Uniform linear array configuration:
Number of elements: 24
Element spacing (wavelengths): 0.5
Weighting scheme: uniform
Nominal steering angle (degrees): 45
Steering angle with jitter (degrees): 44.212
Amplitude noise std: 0.05
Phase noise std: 0.05

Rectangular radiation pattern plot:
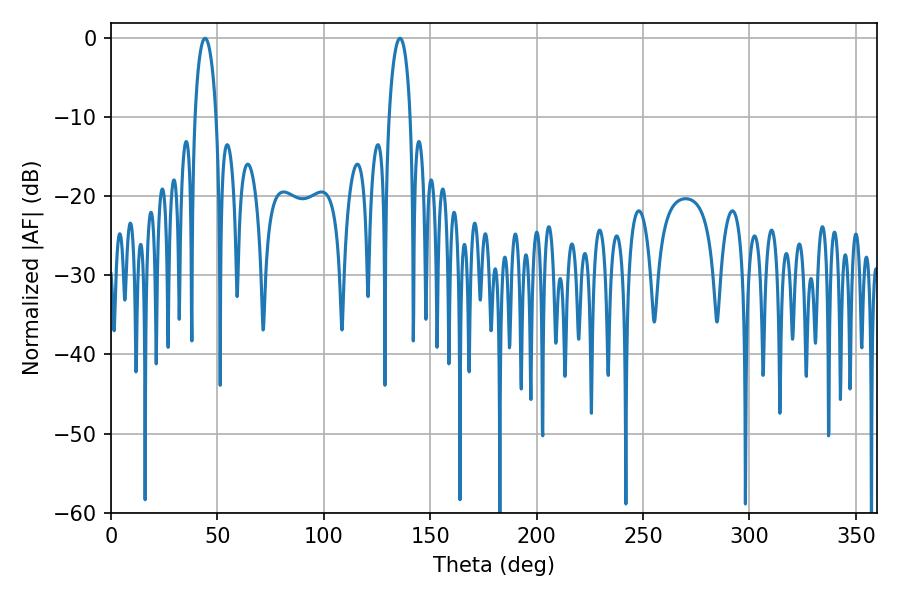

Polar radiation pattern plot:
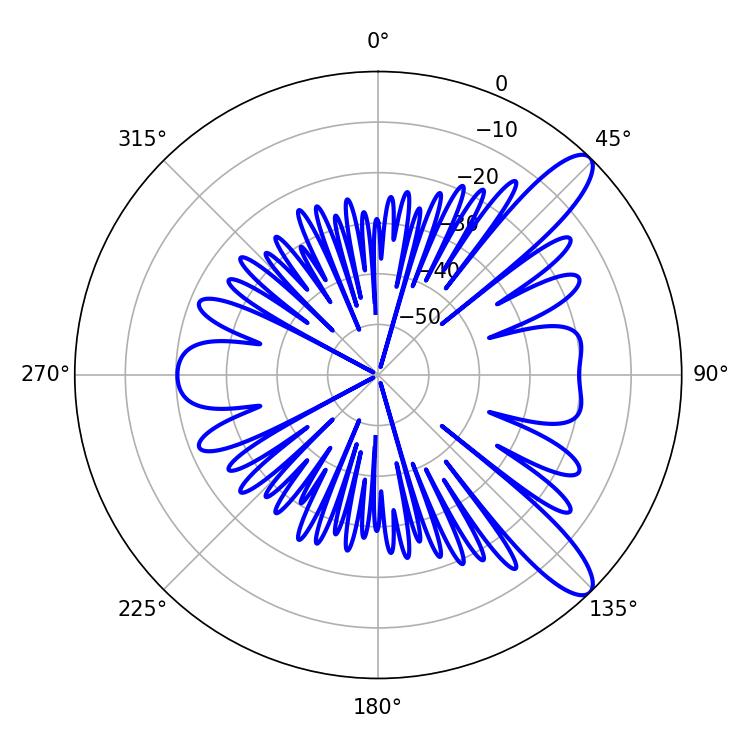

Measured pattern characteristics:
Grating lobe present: FALSE
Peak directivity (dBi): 10.961
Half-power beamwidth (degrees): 5.76
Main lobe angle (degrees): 44.28